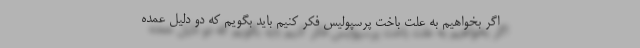
اگر بخواهیم به علت باخت پرسپولیس فکر کنیم باید بگویم که دو دلیل عمده